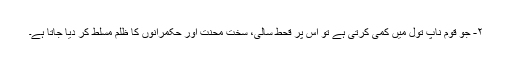
۲- جو قوم ناپ تول میں کمی کرتی ہے تو اس پر قحط سالی، سخت محنت اور حکمرانوں کا ظلم مسلط کر دیا جاتا ہے۔